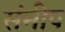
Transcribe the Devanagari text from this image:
संमीप